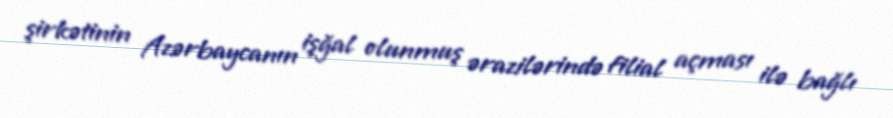
şirkətinin Azərbaycanın işğal olunmuş ərazilərində filial açması ilə bağlı